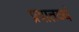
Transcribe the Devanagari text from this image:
प्रदातव्यं